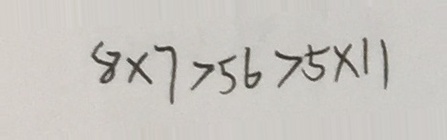
8 \times 7 > 5 6 > 5 \times 1 1